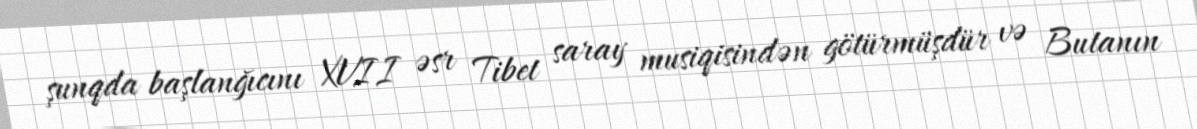
şunqda başlanğıcını XVII əsr Tibet saray musiqisindən götürmüşdür və Butanın